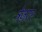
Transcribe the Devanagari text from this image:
ट्रेज़रर